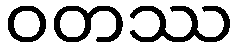
ဝတဿ